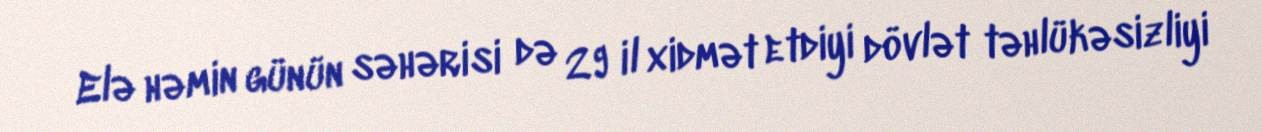
Elə həmin günün səhərisi də 29 il xidmət etdiyi dövlət təhlükəsizliyi